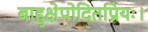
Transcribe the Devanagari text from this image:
बाहुक्षेपोदितप्रियः।